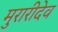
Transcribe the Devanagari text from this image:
मुरारीदेव